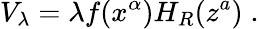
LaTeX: V_{\lambda}=\lambda f(x^{\alpha})H_{R}(z^{a})\; .